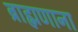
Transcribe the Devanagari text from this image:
ब्राह्मणाना